65_HS1-834228961_62-HQ-83894_SUB_A
Agency: FBI
Page 27
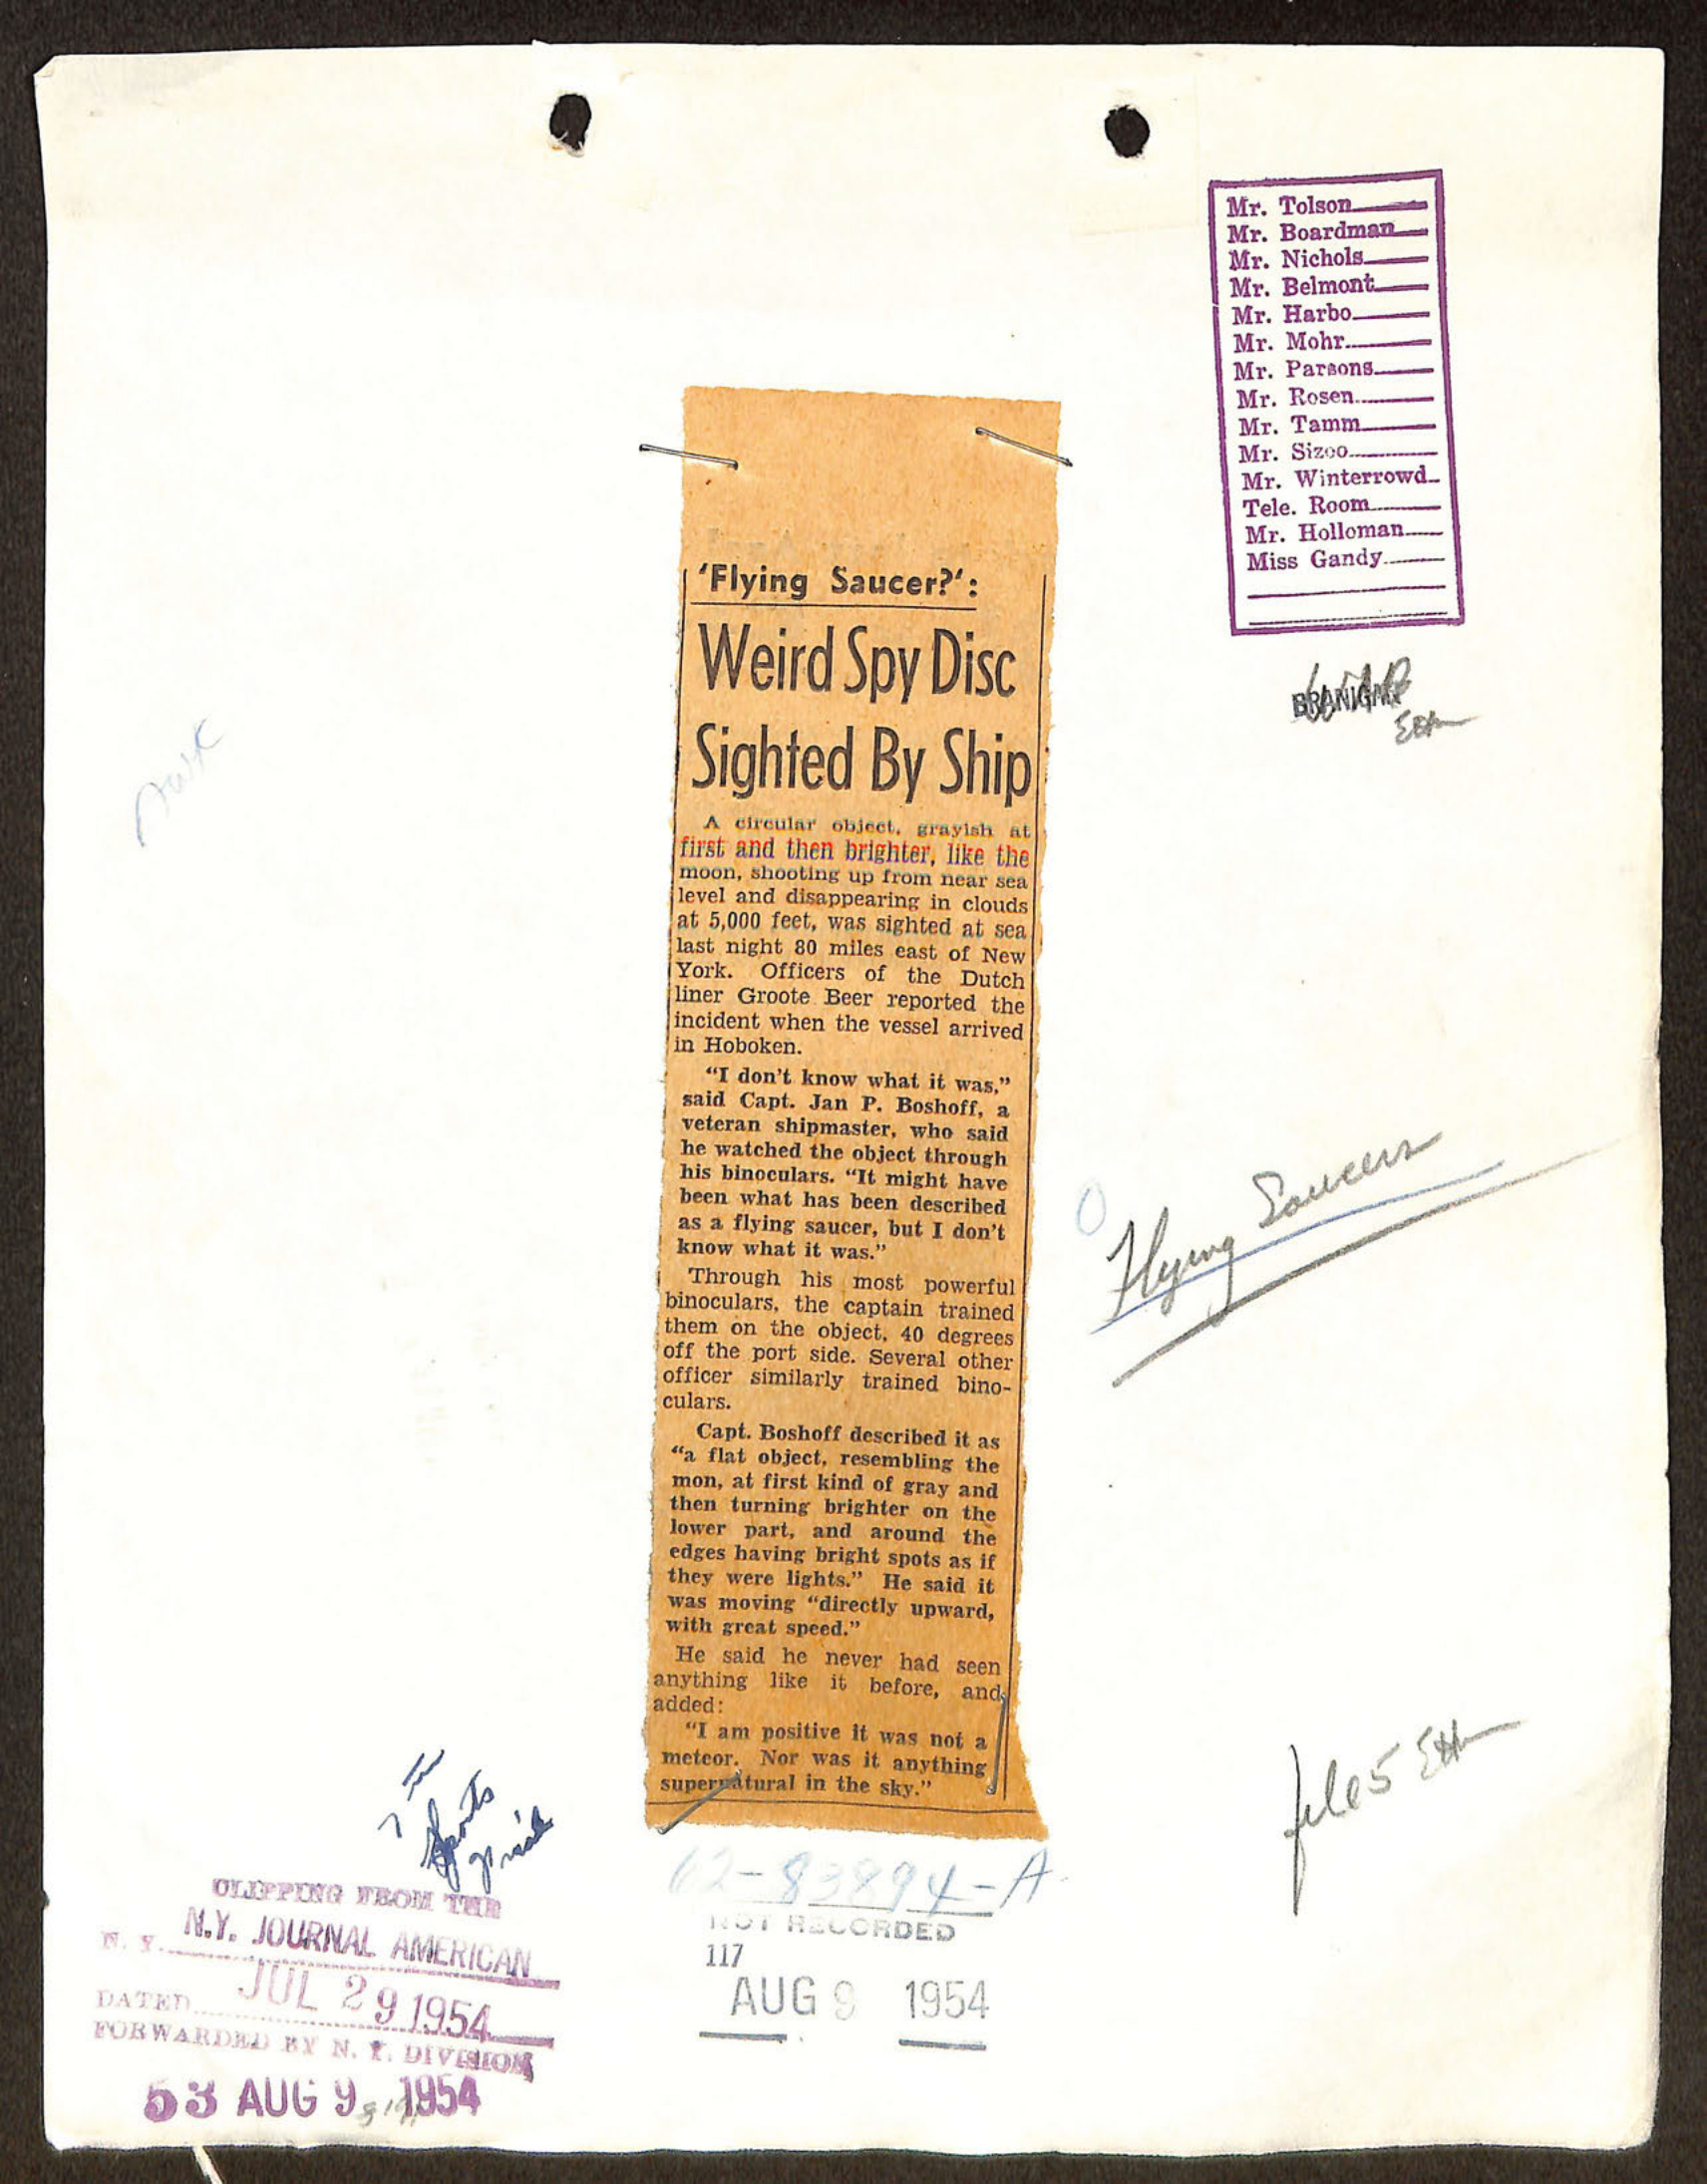